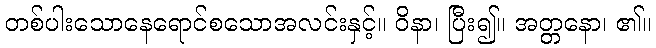
တစ်ပါးသောနေရောင်စသောအလင်းနှင့်။ ဝိနာ၊ ပြီး၍။ အတ္တနော၊ ၏။